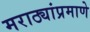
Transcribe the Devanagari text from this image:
मराठ्यांप्रमाणे